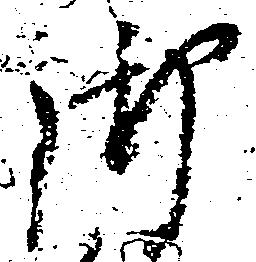
御